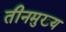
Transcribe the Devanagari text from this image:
तीनमुख्य